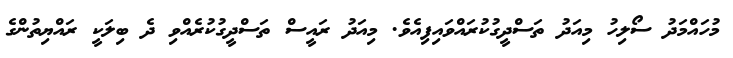
މުހައްމަދު ސޯލިހު މިއަދު ތަސްދީގުކުރައްވައިފިއެވެ. މިއަދު ރައީސް ތަސްދީގުކުރެއްވި ދެ ބިލަކީ ރައްޔިތުންގެ